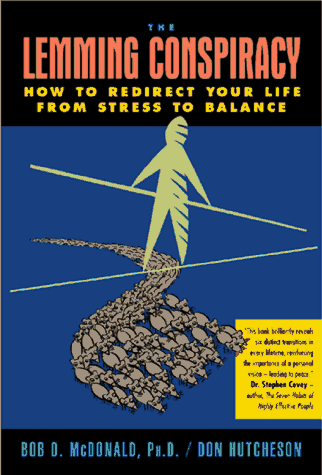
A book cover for The Lemming Conspiracy: How to Redirect Your Life from Stress to Balance (Includes Bibliographical References); Don Hutcheson; Business & Money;